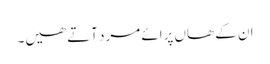
ان کے ھاں پرائے مرد آتے ھیں۔